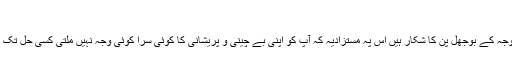
inنفسیات
اگر آپ کا دن سستی سے گزرتا ہے دل کسی کام میں نہیں لگتا اور آپ بلا وجہ کے بوجھل پن کا شکار ہیں اس پہ مستزادیہ کہ آپ کو اپنی بے چینی و پریشانی کا کوئی سرا کوئی وجہ نہیں ملتی کسی حل تک نہیں پہنچ پاتے تو اسکا مطلب ہے کہ آپ ڈپریشن کی بیماری کا شکار ہیں۔